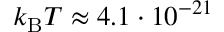
k _ { \mathrm { B } } T \approx 4 . 1 \cdot 1 0 ^ { - 2 1 } \textnormal { Д ж }